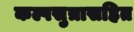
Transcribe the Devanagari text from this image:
कल्पसुत्रासहित